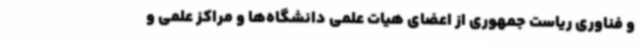
و فناوری ریاست جمهوری از اعضای هیات علمی دانشگاه‌ها و مراکز علمی و